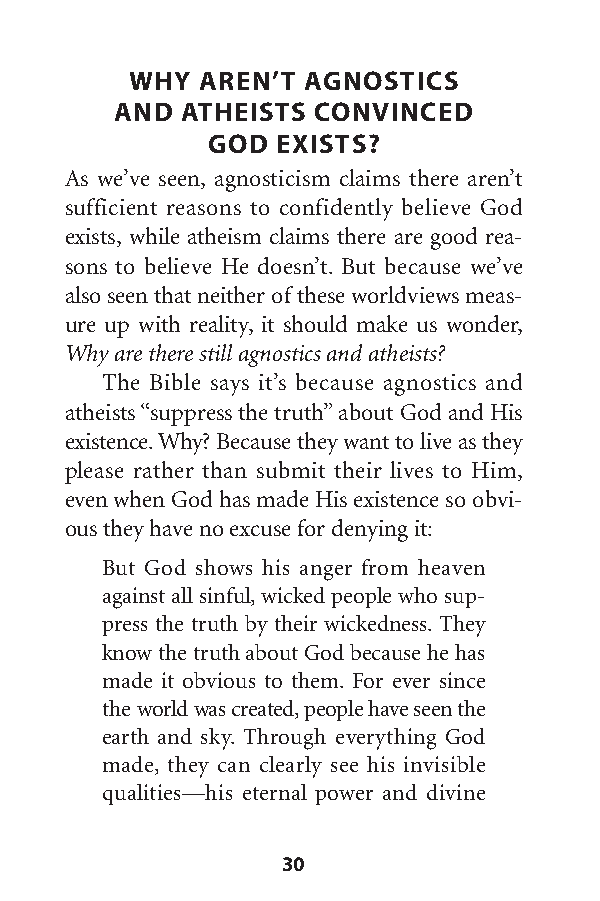
WHY AREN’T AGNOSTICS
 AND ATHEISTS CONVINCED
 GOD EXISTS?
 As we’ve seen, agnosticism claims there aren’t
 sufficient reasons to confidently believe God
 exists, while atheism claims there are good rea-
 sons to believe He doesn’t. But because we’ve
 alsoseen that neither of these worldviews meas-
 ure up with reality, it should make us wonder,
 Why are there still agnostics and atheists?
 The Bible says it’s because agnostics and
 atheists “suppress the truth”about God and His
 existence.Why? Because they want to live as they
 please rather than submit their lives to Him,
 even when God has made His existence so obvi-
 ous they have no excuse for denying it:
 But God shows his anger from heaven
 against all sinful,wicked people who sup-
 press the truth by their wickedness. They
 know the truth about God because he has
 made it obvious to them. For ever since
 the world was created,people have seen the
 earth and sky. Through everything God
 made, they can clearly see his invisible
 qualities—his eternal power and divine
 30